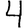
Digit: 4